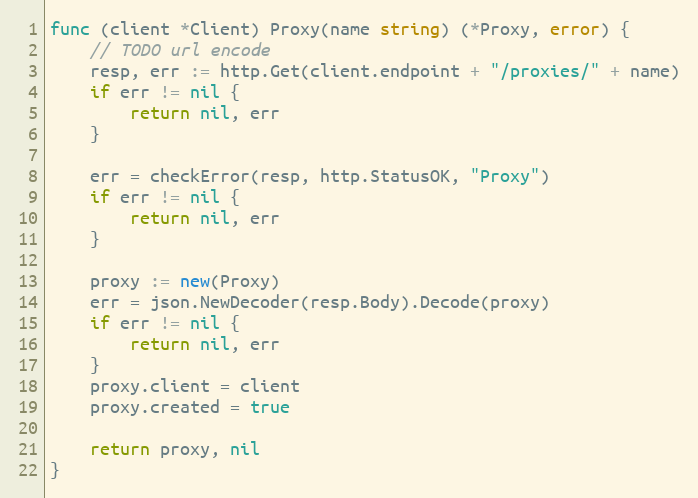
Language: Go
func (client *Client) Proxy(name string) (*Proxy, error) {
	// TODO url encode
	resp, err := http.Get(client.endpoint + "/proxies/" + name)
	if err != nil {
		return nil, err
	}

	err = checkError(resp, http.StatusOK, "Proxy")
	if err != nil {
		return nil, err
	}

	proxy := new(Proxy)
	err = json.NewDecoder(resp.Body).Decode(proxy)
	if err != nil {
		return nil, err
	}
	proxy.client = client
	proxy.created = true

	return proxy, nil
}